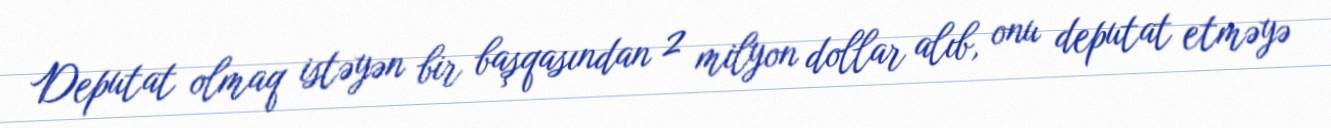
Deputat olmaq istəyən bir başqasından 2 milyon dollar alıb, onu deputat etməyə